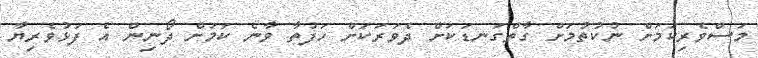
މަސްވެެރިކަމަށް ނުކުތުމަށް ގާތްގަނޑަކަށް ދެވަރަކަށް ހަފުތާ ވާނެ ކަމަށް ދޯނިން އެ ފަޅުވެރިޔާ